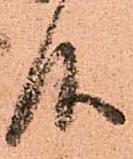
仰